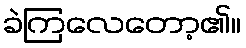
ခဲကြလေတော့၏။